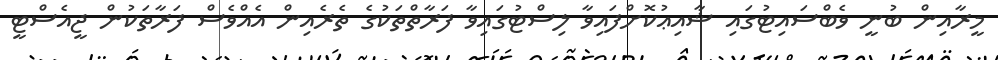
މީރާއިން ބުނީ ވެބްސައިޓުގައި ޝާއިޢުކޮށްފައިވާ ލިސްޓުގައިވާ ފަރާތްތަކުގެ ތެރެއިން އެއްވެސް ފަރާތަކުން ޖީއެސްޓީ